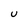
Character: U